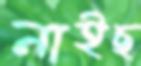
নাইছ